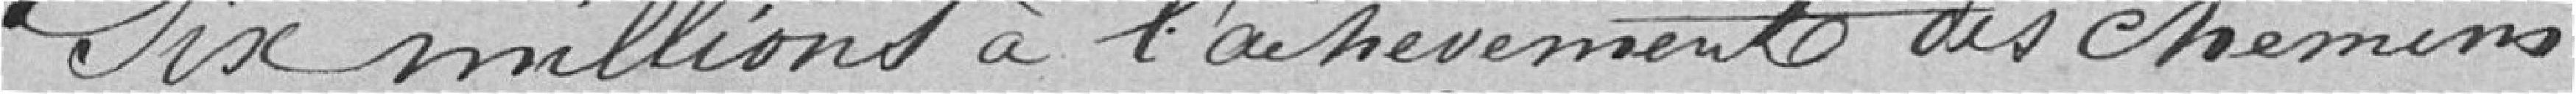
six millions à l'achèvement des chemins